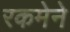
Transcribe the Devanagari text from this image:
रकमेने